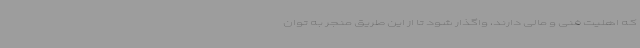
که اهلیت فنی و مالی دارند، واگذار شود تا از این طریق منجر به توان